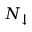
N _ { \downarrow }